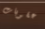
عقوبات